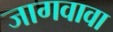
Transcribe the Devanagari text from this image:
जागवावा